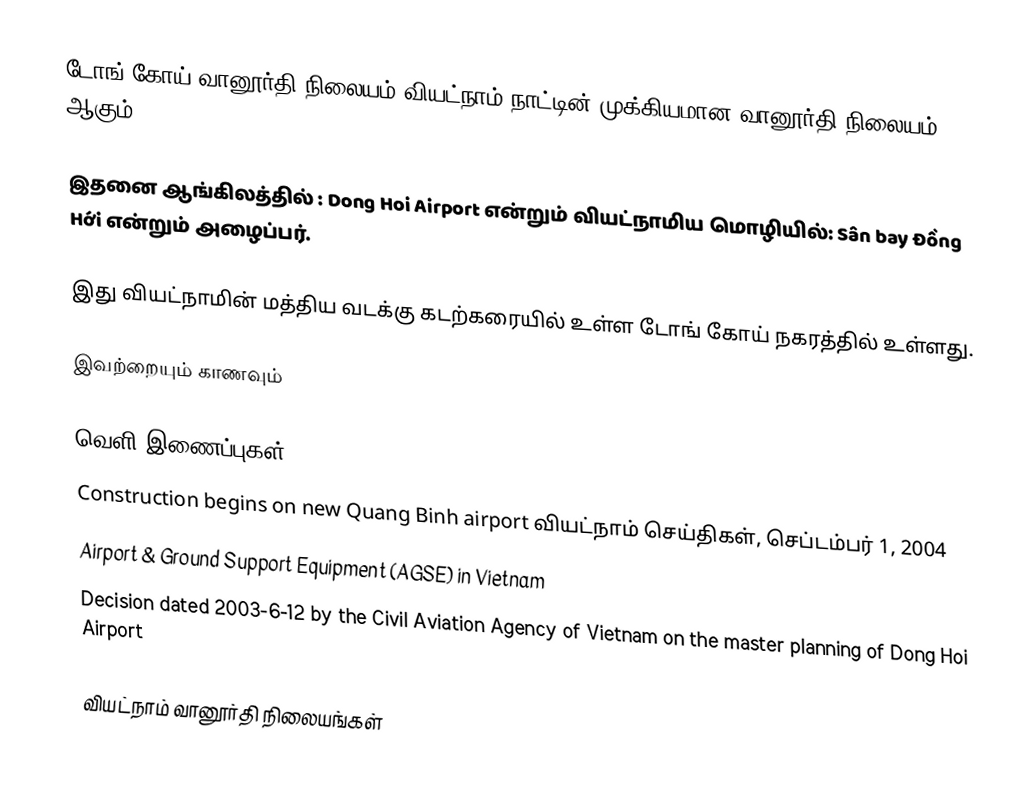
டோங் கோய் வானூர்தி நிலையம் வியட்நாம் நாட்டின் முக்கியமான வானூர்தி நிலையம் ஆகும்.

இதனை ஆங்கிலத்தில் : Dong Hoi Airport என்றும் வியட்நாமிய மொழியில்: Sân bay Đồng Hới என்றும் அழைப்பர்.

இது வியட்நாமின் மத்திய வடக்கு கடற்கரையில் உள்ள டோங் கோய் நகரத்தில் உள்ளது.

இவற்றையும் காணவும்

வெளி இணைப்புகள்
 Construction begins on new Quang Binh airport  வியட்நாம் செய்திகள், செப்டம்பர் 1, 2004
 Airport & Ground Support Equipment (AGSE) in Vietnam
 Decision dated 2003-6-12 by the Civil Aviation Agency of Vietnam on the master planning of Dong Hoi Airport

வியட்நாம் வானூர்தி நிலையங்கள்